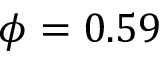
\phi = 0 . 5 9